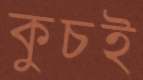
কুচই